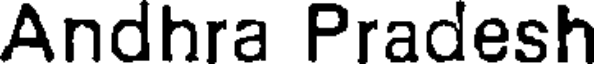
Andhra Pradesh